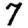
Digit: 7